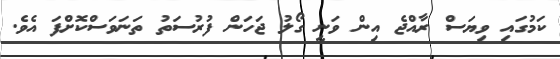
ކަމުގައި ވިޔަސް ރާއްޖެ އިން ވަނީ ގޯލު ޖަހަން ފުރުސަތު ތަނަވަސްކޮށްފަ އެވެ.